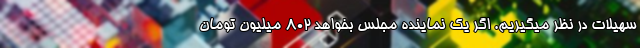
سهیلات در نظر میگیریم. اگر یک نماینده مجلس بخواهد ۸۰۲ میلیون تومان